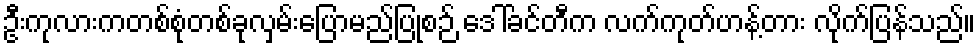
ဦးကုလားကတစ်စုံတစ်ခုလှမ်းပြောမည်ပြုစဉ် ဒေါ်ခင်တီက လက်ကုတ်ဟန့်တား လိုက်ပြန်သည်။